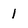
Character: I